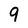
Character: 9